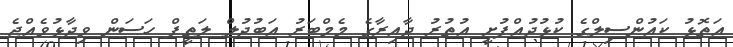
އަތޮޅު ކައުންސިލްގެ ކުޅުދުއްފުށީ އުތުރު ދާއިރާގެ މެމްބަރު އަބުދުލް ލަތީފް ހަސަން ވިދާޅުވެއްޖެ